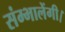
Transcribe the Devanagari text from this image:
संम्भालेंगी।